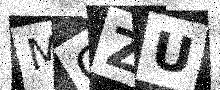
Text: MGZU